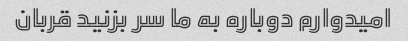
امیدوارم دوباره به ما سر بزنید قربان